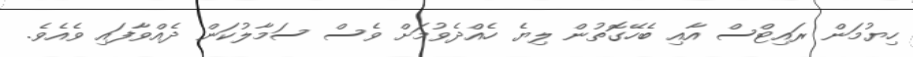
ހިޔުމަން ރައިޓްސް އާއި ބެހޭގޮތުން ލިޔެ ހެއްދެވުމަށް ވެސް ސަމާލުކަން ދެއްވާފައި ވެއެވެ.